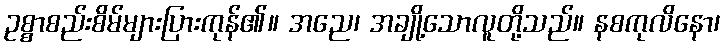
ဥစ္စာစည်းစိမ်များပြားကုန်၏။ အညေ၊ အချို့သောလူတို့သည်။ နစကုလိနော၊